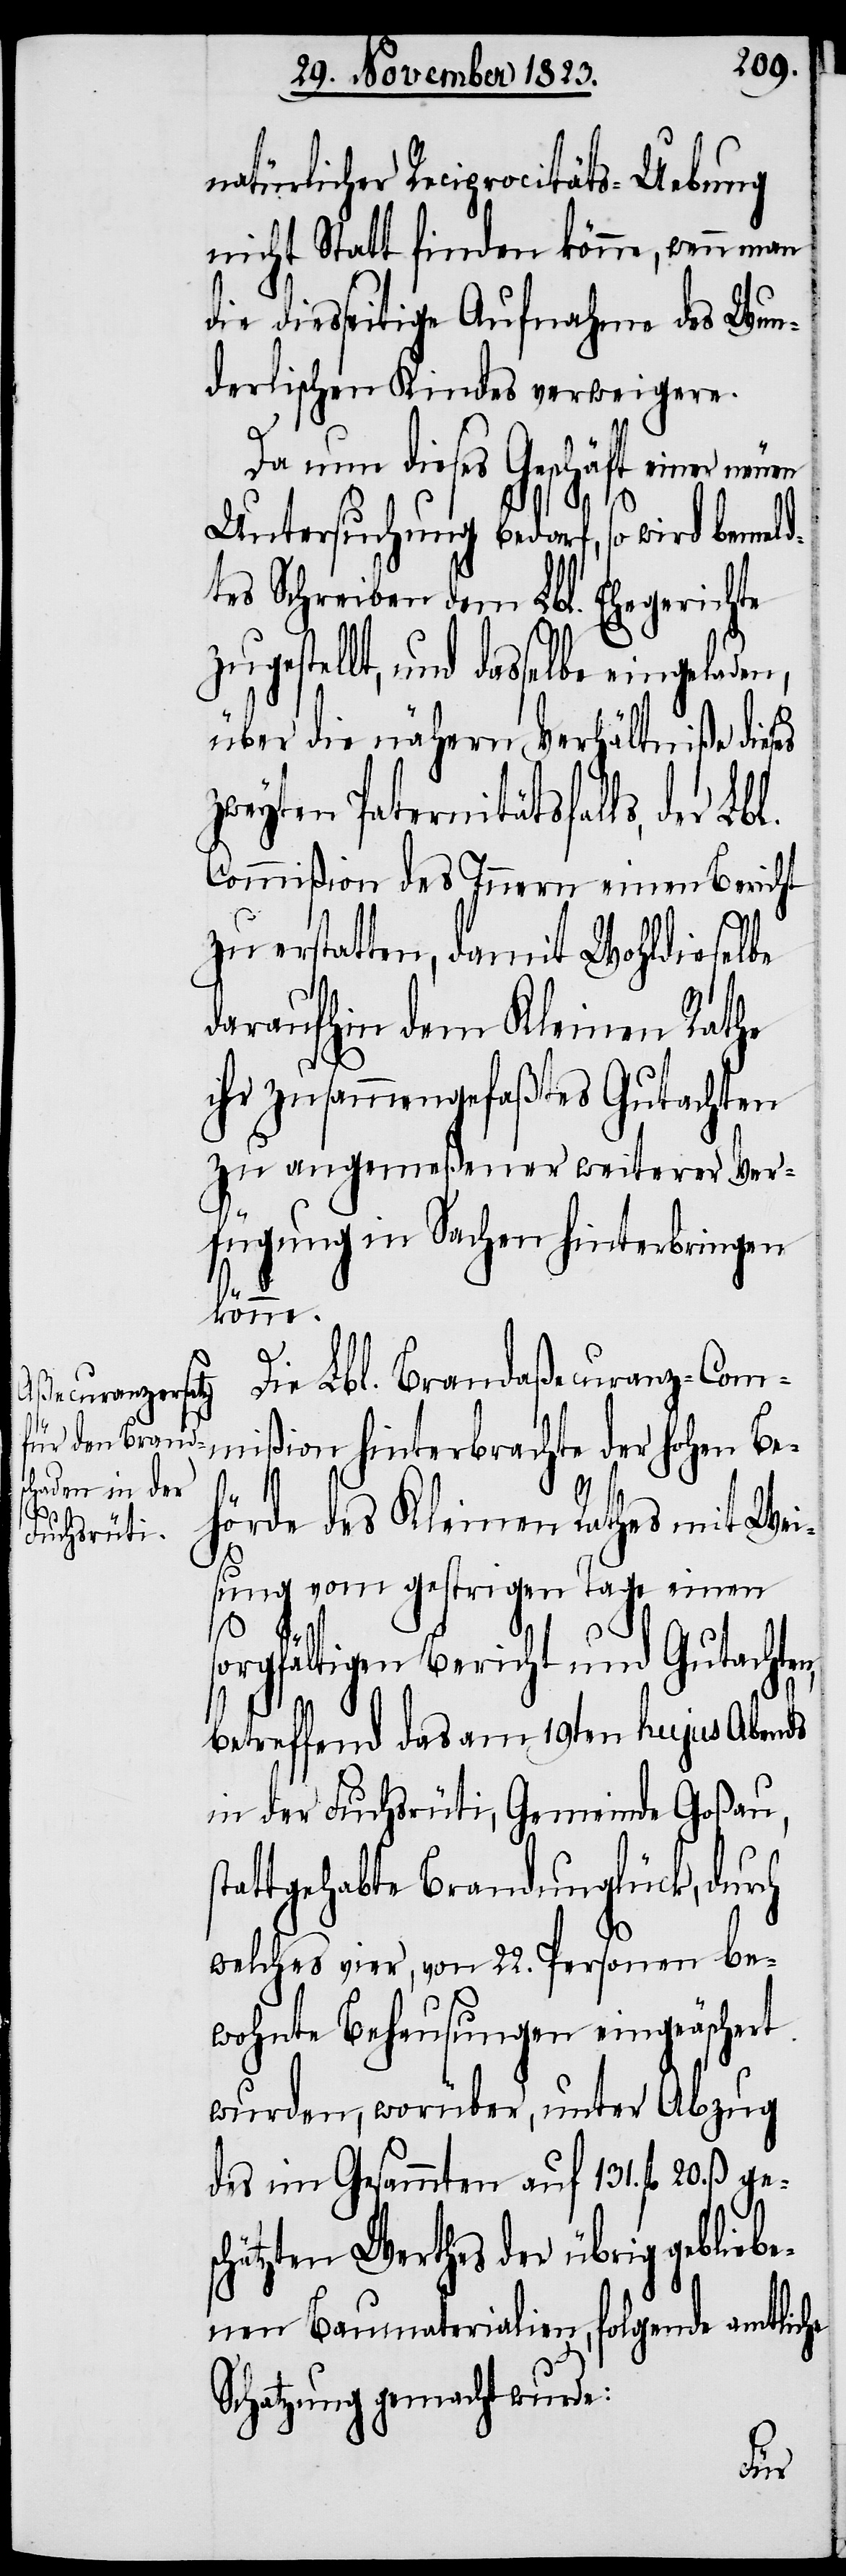
natürlicher Reciprocitäts-Uebung
nicht Statt finden könne, wenn man
die diesseitige Aufnahme des Wun¬
derlischen Kindes verweigere.
Da nun dieses Geschäft einer ne¬
Untersuchung bedarf, so wird bemeld¬
tes Schreiben dem Lbl. Ehegerichte
zugestellt, und dasselbe eingeladen,
über die nähern Verhältniße dieses
zweyten Paternitätsfalls, der Lb¬
Commißion des Innern einen Bericht
zu erstatten, damit Wohldieselbe
daraufhin dem Kleinen Rathe
ihr zusammengefaßtes Gutachten
zu angemeßener weiterer Ver¬
fügung in Sachen hinterbringen
n,
könne.
Die Lbl. Brandaßecuranz-Com¬
mißion hinterbrachte der hohen Be¬
hörde des Kleinen Rathes mit Wei¬
sung vom gestrigen Tage einen
sorgfältigen Bericht und Gutachte¬
betreffend das am 19ten hujus Abends
in der Fuchsrüti, Gemeinde Goßau,
stattgehabte Brandunglück, durch
welches vier, von 22. Personen be¬
wohnte Behausungen eingeäschert
wurden, worüber, unter Abzug
des im Gesammten auf 131. fl 20. ß ge¬
schätzten Werthes der übrig gebliebe¬
nen Baumaterialien, folgende amtliche
Schatzung gemacht wurde:
uen